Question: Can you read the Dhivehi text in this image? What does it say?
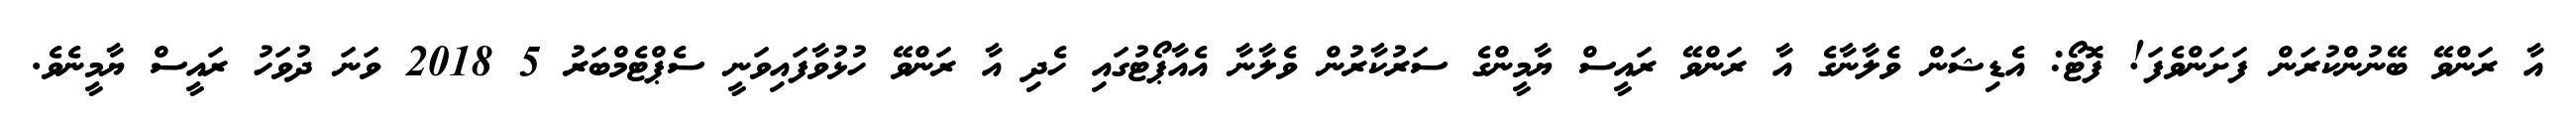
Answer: އާ ރަންވޭ ބޭނުންކުރަން ފަށަންވެފަ! ފޮޓޯ: އެޑިޝަން ވެލާނާގެ އާ ރަންވޭ ރައީސް ޔާމީންގެ ސަރުކާރުން ވެލާނާ އެއާޕޯޓުގައި ހެދި އާ ރަންވޭ ހުޅުވާފައިވަނީ ސެޕްޓެމްބަރު 5 2018 ވަނަ ދުވަހު ރައީސް ޔާމީނެވެ.